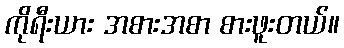
ကိုရီးယား အစားအစာ စားဖူးတယ်။